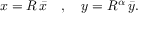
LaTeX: x = R \, \bar { x } \quad , \quad y = R ^ { \alpha } \, \bar { y } .